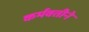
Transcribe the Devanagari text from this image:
कर्मवतीने